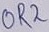
Text: OR2